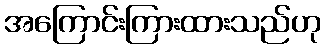
အကြောင်းကြားထားသည်ဟု